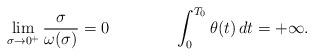
LaTeX: \begin{align*}\lim_{\sigma\to 0^{+}}\frac{\sigma}{\omega(\sigma)}=0\qquad\quad\quad\int_{0}^{T_{0}}\theta(t)\,dt=+\infty.\end{align*}